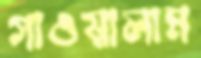
গাওয়ালাম